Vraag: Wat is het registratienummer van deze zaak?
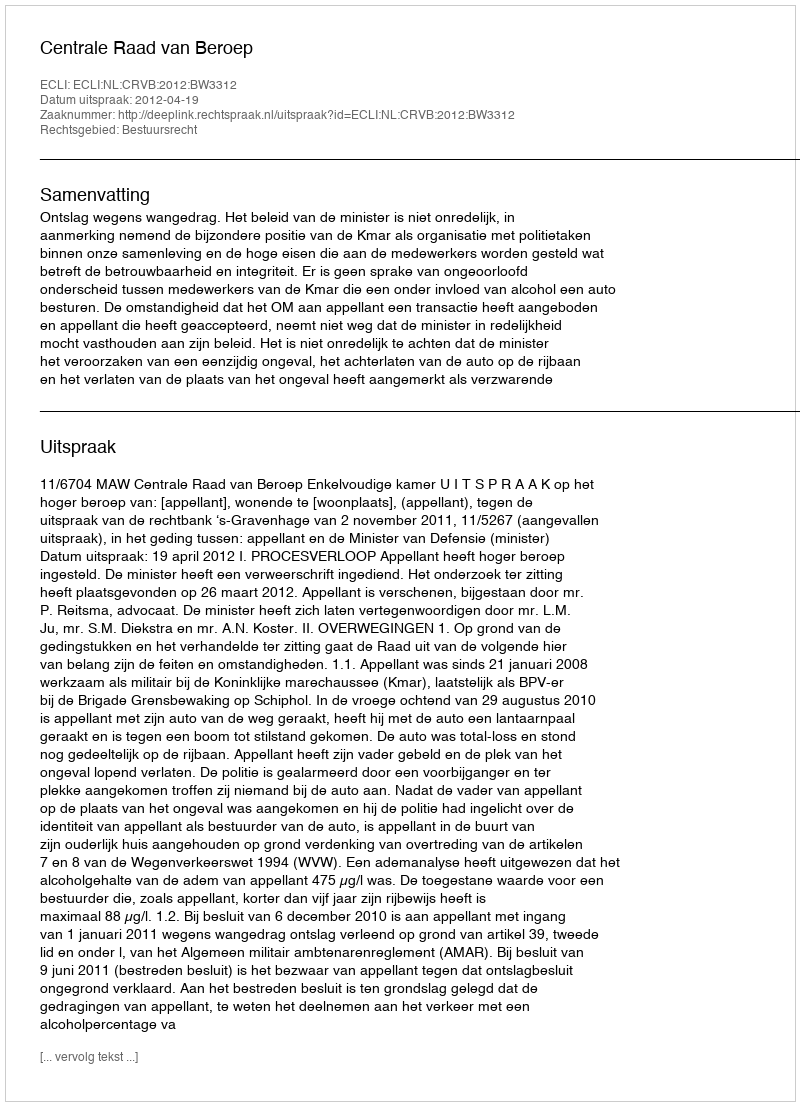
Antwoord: http://deeplink.rechtspraak.nl/uitspraak?id=ECLI:NL:CRVB:2012:BW3312